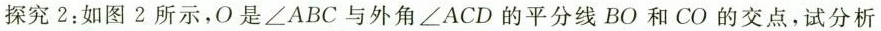
探究2：如图2所示，O是\angle ABC与外角\angle ACD的平分线BO和CO的交点，试分析